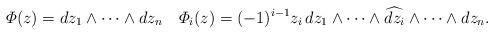
LaTeX: \begin{align*}\varPhi(z)= dz_{1}\wedge\cdots\wedge dz_{n}\quad\varPhi_i(z)=(-1)^{i-1}z_i\, dz_1\wedge\cdots\wedge\widehat{dz_i}\wedge\cdots\wedge dz_n.\end{align*}